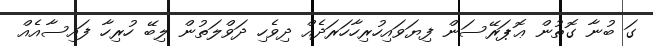
ގަ ބުނާ ގޮތުން ޢޮޕަރޭސަން ފިޔަވައިހުރިހާހަރަދެއް ދިވެހި ދަވްލަތުން ލިބޭ ހުރިހާ ފައިސާއެއް